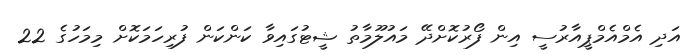
އަދި އެމްއެމްޕީއާރުސީ އިން ފޯރުކޮށްދޭ މައުލޫމާތު ޝީޓުގައިވާ ކަންކަން ފުރިހަމަކޮށް މިމަހުގެ 22